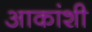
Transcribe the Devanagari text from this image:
आकांशी